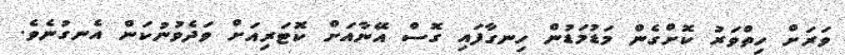
ވަރަށް ހިތްވަރު ކޮށްގެން މަޑުމަޑުން ހިނގާފައި ގޮސް އޭނާއަށް ކޮޓަރިއަށް ވަދެވުނުކަން އެނގުނެވެ.